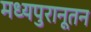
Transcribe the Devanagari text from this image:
मध्यपुरानूतन